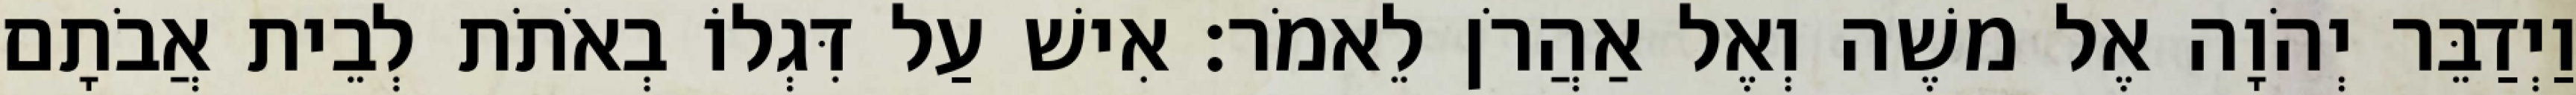
וַיְדַבֵּר יְהֹוָה אֶל משֶׁה וְאֶל אַהֲרֹן לֵאמֹר׃ אִישׁ עַל דִּגְלוֹ בְאֹתֹת לְבֵית אֲבֹתָם